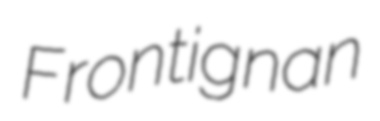
Frontignan